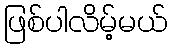
ဖြစ်ပါလိမ့်မယ်